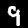
Digit: 9